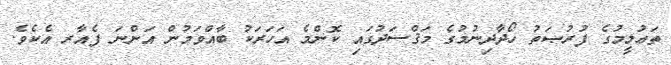
ތަޢުލީމުގެ ފުރުޞަތު ހޯދާދިނުމުގެ މަޤްސަދުގައި ކޮންމެ އަހަރަކު ބާއްވަމުން އަންނަ ފެއާރ އެކެވެ.